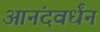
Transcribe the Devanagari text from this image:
आनंदवर्धंन